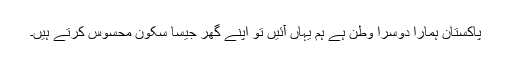
پاکستان ہمارا دوسرا وطن ہے ہم یہاں آئیں تو اپنے گھر جیسا سکون محسوس کرتے ہیں۔